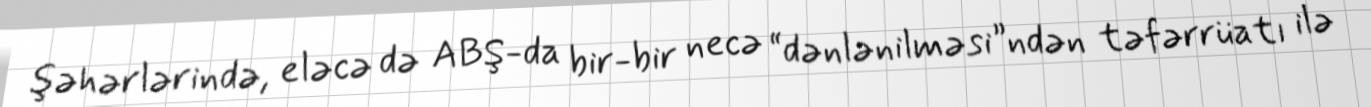
şəhərlərində, eləcə də ABŞ-da bir-bir necə “dənlənilməsi”ndən təfərrüatı ilə